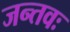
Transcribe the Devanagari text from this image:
जन्तवः